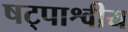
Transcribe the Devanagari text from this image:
षट्पाश्वीय